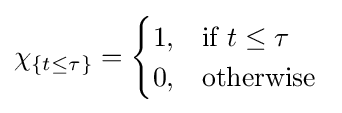
\chi _{\{t\leq \tau \}}={\begin{cases}1,&{\text{if }}t\leq \tau \\0,&{\text{otherwise }}\end{cases}}